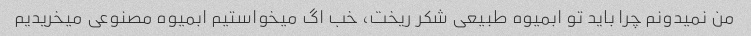
من نمیدونم چرا باید تو ابمیوه طبیعی شکر ریخت، خب اگ میخواستیم ابمیوه مصنوعی میخریدیم